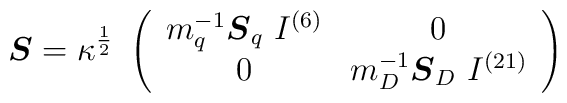
\mbox{\boldmath$S$} = \kappa^{\frac{1}{2}} ~\left(\begin{array}{cc}m_q^{-1} {\mbox{\boldmath$S$}}_q~I^{(6)} & 0 \\0 & m_D^{-1} {\mbox{\boldmath$S$}}_D~I^{(21)}\end{array} \right)